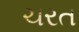
ચરત